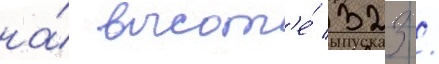
на́ высот'е́ 323 /